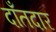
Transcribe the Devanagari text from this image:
दाँतदार